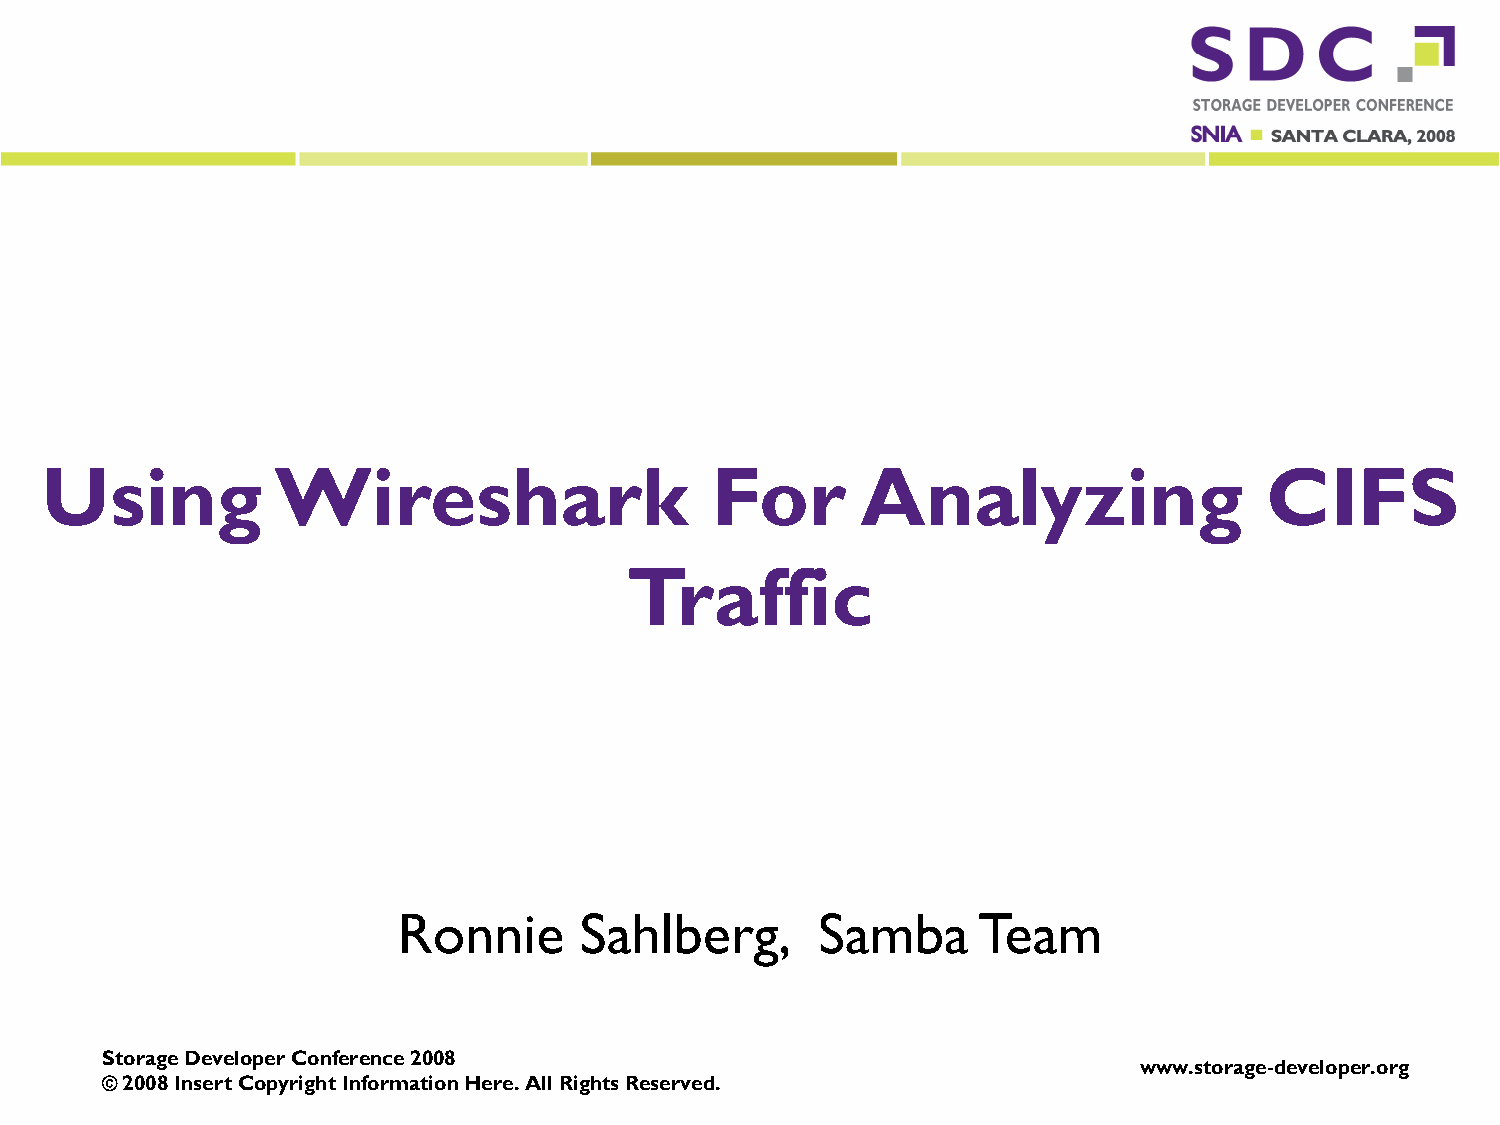
Using          Wireshark                    For       Analyzing                  CIFS
 Traffic
 Ronnie      Sahlberg,       Samba      Team
 Storage Developer Conference 2008
 www.storage-developer.org
 © 2008 Insert Copyright Information Here. All Rights Reserved.